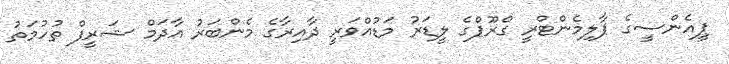
ޕީއެެންސީގެ ޕާލިމެންޓްރީ ގްރޫޕްގެ ލީޑަރު މަޑުއްވަރީ ދާއިރާގެ މެންބަރު އާދަމް ޝަރީފް ތުހުމަތު